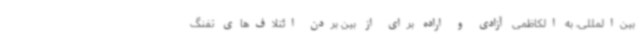
بین‌المللی، به الکاظمی آزادی و اراده برای از بین بردن ائتلاف‌های تفنگ